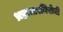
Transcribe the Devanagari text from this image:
भ्रष्टाचारनिरोधी